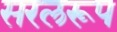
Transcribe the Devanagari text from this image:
सरलरूप